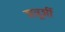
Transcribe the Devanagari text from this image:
शत्रूशीं